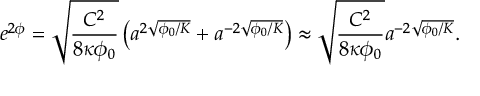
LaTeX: e ^ { 2 \phi } = \sqrt { \frac { C ^ { 2 } } { 8 \kappa \phi _ { 0 } } } \left( a ^ { 2 \sqrt { \phi _ { 0 } / K } } + a ^ { - 2 \sqrt { \phi _ { 0 } / K } } \right) \approx \sqrt { \frac { C ^ { 2 } } { 8 \kappa \phi _ { 0 } } } a ^ { - 2 \sqrt { \phi _ { 0 } / K } } .